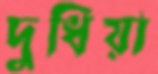
দুধিয়া